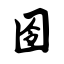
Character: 囹